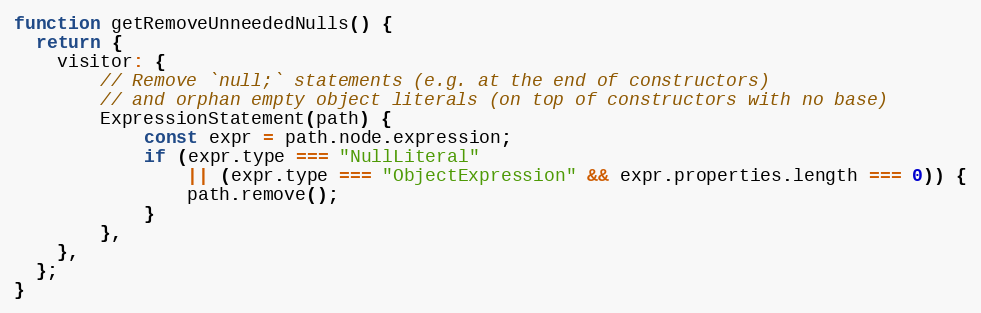
Language: JavaScript
function getRemoveUnneededNulls() {
  return {
    visitor: {
        // Remove `null;` statements (e.g. at the end of constructors)
        // and orphan empty object literals (on top of constructors with no base)
        ExpressionStatement(path) {
            const expr = path.node.expression;
            if (expr.type === "NullLiteral"
                || (expr.type === "ObjectExpression" && expr.properties.length === 0)) {
                path.remove();
            }
        },
    },
  };
}